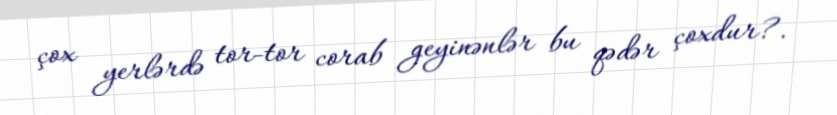
çox yerlərdə tor-tor corab geyinənlər bu qədər çoxdur?.